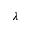
\lambda